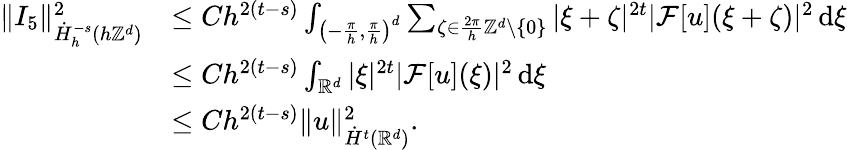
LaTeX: \begin{array}{rl}{\| I_{5}\| _{\dot{H}_{h}^{-s}(h\mathbb{Z}^{d})}^{2}}&{\le Ch^{2(t-s)}\int_{\left(-\frac{\pi}{h},\frac{\pi}{h}\right)^{d}}\sum_{\zeta\in\frac{2\pi}{h}\mathbb{Z}^{d}\setminus\{ 0\} }|\xi+\zeta|^{2t}|\mathcal{F}[u](\xi+\zeta)|^{2}\, \mathrm{d}\xi}\\ &{\le Ch^{2(t-s)}\int_{\mathbb{R}^{d}}|\xi|^{2t}|\mathcal{F}[u](\xi)|^{2}\, \mathrm{d}\xi}\\ &{\le Ch^{2(t-s)}\| u\| _{\dot{H}^{t}(\mathbb{R}^{d})}^{2}.}\end{array}